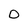
Character: 0